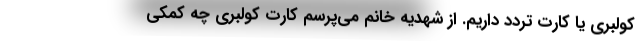
كولبري يا كارت تردد داريم. از شهديه خانم مي‌پرسم كارت كولبري چه كمكي